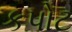
કપોટ